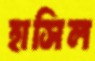
হাসিল